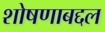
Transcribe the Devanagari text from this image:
शोषणाबद्दल